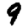
Digit: 9